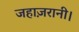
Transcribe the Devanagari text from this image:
जहाज़रानी।